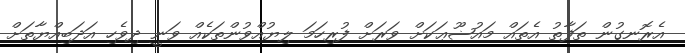
އެރޮނގުން ތަފާތު އެތައް މައުޟޫޢަކަށް ވަރަށް ފުރިހަމަ ލިޔުއްވުންތަކެއް ވަނީ ދިވެހި އަދަބިއްޔާތަށް